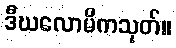
ဒီဃလောမိကသုတ်။